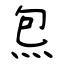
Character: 炰